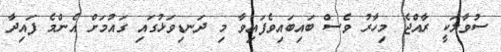
ސުވާލަކީ ރާއްޖެ މިހާރު ވެސް ބައިބައިވެފައިވާ މި ދަނޑިވަޅުގައި ގައުމަށް އެންމެ ފައިދާ